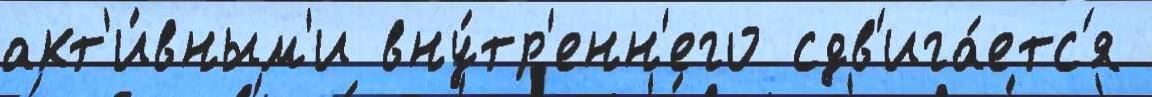
акт'и́вным'и вну́тр'енн'его сдв'ига́етс'я